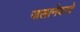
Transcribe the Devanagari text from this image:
जलानेवाले